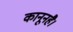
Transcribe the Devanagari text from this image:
कानूनहै।